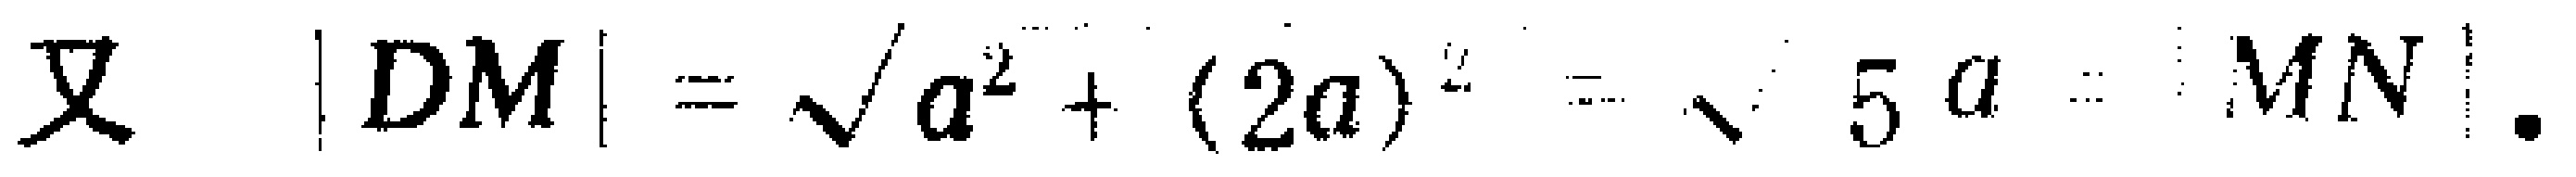
又 \(|DM|=\sqrt{a^{2}+(2a)^{2}}=\sqrt{5}a = |MN|\).